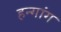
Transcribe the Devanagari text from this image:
हन्गांग